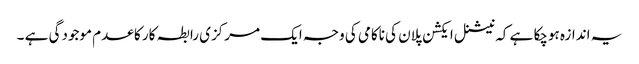
یہ اندازہ ہوچکا ہے کہ نیشنل ایکشن پلان کی ناکامی کی وجہ ایک مرکزی رابطہ کار کا عدم موجودگی ہے ۔